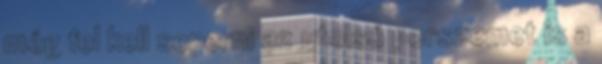
még fel kell seperni az utolsó porszemet is a